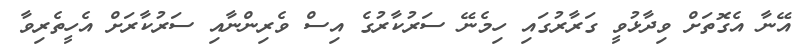
އޭނާ އެގޮތަށް ވިދާޅުވީ ގަރާރުގައި ހިމެނޭ ސަރުކާރުގެ އިސް ވެރިންނާއި ސަރުކާރަށް އެހީތެރިވާ